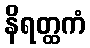
နိရတ္ထကံ